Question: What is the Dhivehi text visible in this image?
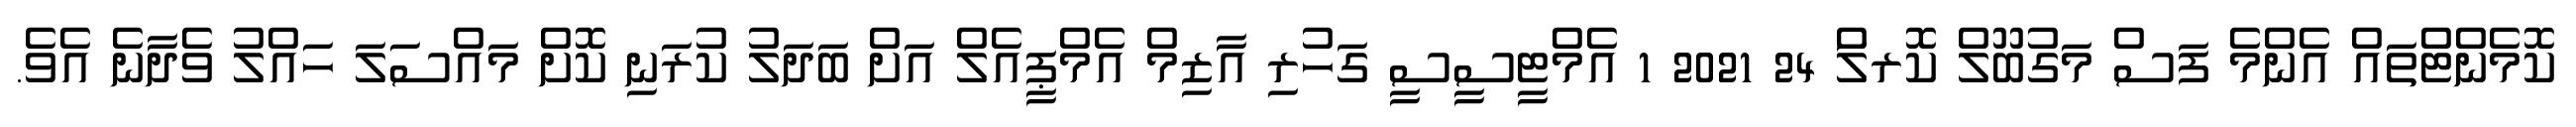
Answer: ކޮމެންޓްތައް އެންމެ ފަސް މަގުބޫލް ކޮރލަް 24 2021 1 އެމްޓީސީސީ ގަހުރި އާޒިމް އެމްޕީއެލް އަށް ބަދަލު ކުރަނި ކޮށް މައްސަލަ ހައްލު ވެދާނެ އެވެ.